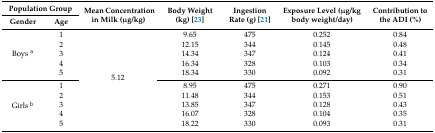
<table><thead><tr><td colspan="2"><b>Population Group</b></td><td rowspan="2"><b>Mean Concentration in Milk (μg/kg)</b></td><td rowspan="2"><b>Body Weight (kg) [23]</b></td><td rowspan="2"><b>Ingestion Rate (g) [21]</b></td><td rowspan="2"><b>Exposure Level (μg/kg body weight/day)</b></td><td rowspan="2"><b>Contribution to the ADI (%)</b></td></tr><tr><td><b>Gender</b></td><td><b>Age</b></td></tr></thead><tbody><tr><td rowspan="5">Boys <sup>a</sup></td><td>1</td><td rowspan="10">5.12</td><td>9.65</td><td>475</td><td>0.252</td><td>0.84</td></tr><tr><td>2</td><td>12.15</td><td>344</td><td>0.145</td><td>0.48</td></tr><tr><td>3</td><td>14.34</td><td>347</td><td>0.124</td><td>0.41</td></tr><tr><td>4</td><td>16.34</td><td>328</td><td>0.103</td><td>0.34</td></tr><tr><td>5</td><td>18.34</td><td>330</td><td>0.092</td><td>0.31</td></tr><tr><td rowspan="5">Girls <sup>b</sup></td><td>1</td><td>8.95</td><td>475</td><td>0.271</td><td>0.90</td></tr><tr><td>2</td><td>11.48</td><td>344</td><td>0.153</td><td>0.51</td></tr><tr><td>3</td><td>13.85</td><td>347</td><td>0.128</td><td>0.43</td></tr><tr><td>4</td><td>16.07</td><td>328</td><td>0.104</td><td>0.35</td></tr><tr><td>5</td><td>18.22</td><td>330</td><td>0.093</td><td>0.31</td></tr></tbody></table>